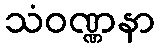
သံဝဏ္ဏနာ